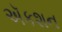
ઍકશન